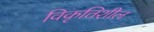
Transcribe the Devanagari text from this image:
विकृतिशील